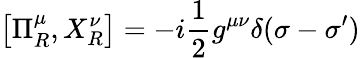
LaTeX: \left[\Pi_{R}^{\mu},X_{R}^{\nu}\right]=-i\frac 12g^{\mu\nu}\delta(\sigma-\sigma^{\prime})